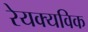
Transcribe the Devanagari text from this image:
रेयक्यविक